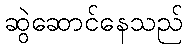
ဆွဲဆောင်နေသည်